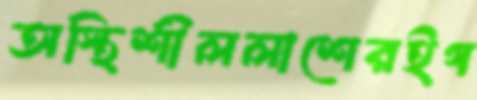
অস্থিশীললাশেরইগ